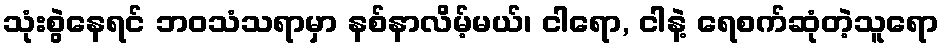
သုံးစွဲနေရင် ဘဝသံသရာမှာ နစ်နာလိမ့်မယ်၊ ငါရော, ငါနဲ့ ရေစက်ဆုံတဲ့သူရော